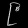
Digit: ၉